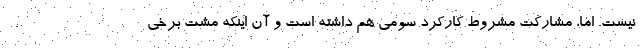
نیست. اما، مشارکت مشروط کارکرد سومی هم داشته است و آن اینکه مشت برخی